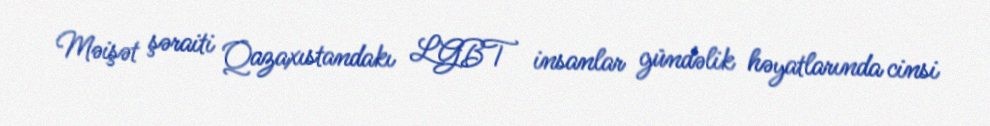
Məişət şəraiti Qazaxıstandakı LGBT insanlar gündəlik həyatlarında cinsi